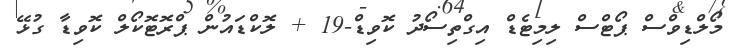
މޯލްޑިވްސް ޕޯޓްސް ލިމިޓެޑް އިގްތިސޯދު ކޮވިޑް-19 + ލޮކްޑައުން ޕްރޮޓޮކޯލް ކޮވިޑާ ގުޅޭ